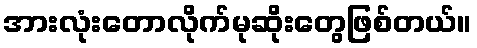
အားလုံးတောလိုက်မုဆိုးတွေဖြစ်တယ်။